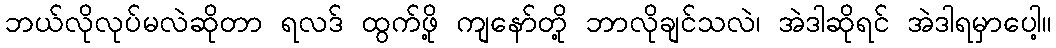
ဘယ်လိုလုပ်မလဲဆိုတာ ရလဒ် ထွက်ဖို့ ကျနော်တို့ ဘာလိုချင်သလဲ၊ အဲဒါဆိုရင် အဲဒါရမှာပေါ့။